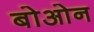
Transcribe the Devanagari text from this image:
बोओन